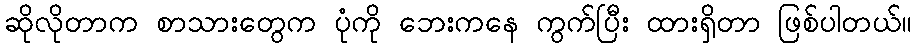
ဆိုလိုတာက စာသားတွေက ပုံကို ဘေးကနေ ကွက်ပြီး ထားရှိတာ ဖြစ်ပါတယ်။